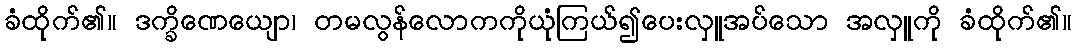
ခံထိုက်၏။ ဒက္ခိဏေယျော၊ တမလွန်လောကကိုယုံကြယ်၍ပေးလှူအပ်သော အလှူကို ခံထိုက်၏။